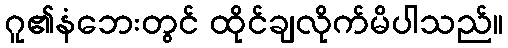
ဂူ၏နံဘေးတွင် ထိုင်ချလိုက်မိပါသည်။